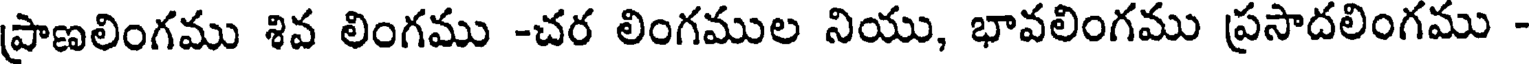
ప్రాణలింగము శివ లింగము -చర లింగముల నియు, భావలింగము ప్రసాదలింగము -